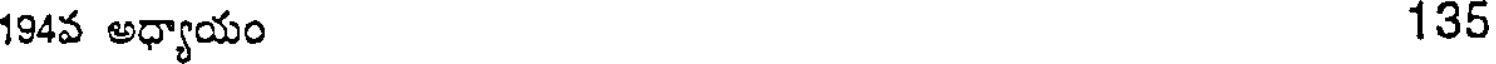
194వ అధ్యాయం 135